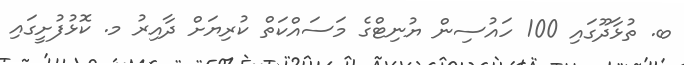
ބ. ތުޅާދޫގައި 100 ހައުސިން ޔުނިޓްގެ މަސައްކަތް ކުރިޔަށް ދާއިރު މ. ކޮޅުފުށީގައި